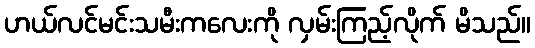
ဟယ်လင်မင်းသမီးကလေးကို လှမ်းကြည့်လိုက် မိသည်။